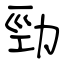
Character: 勁